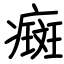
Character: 癍